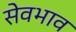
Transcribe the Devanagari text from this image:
सेवभाव